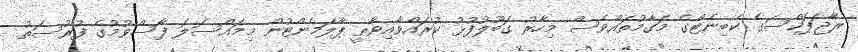
ރާޖަޕަކްސަގެ ކެބިނެޓްގެ މަގާމުތައްވެސް މިހާރު ގަބޫލުފުޅު ކުރައްވާއިވާތީ ޕާލަމެންޓުން މިމައްސަލަ ފާސްވުމުގެ ފުރުސަތު